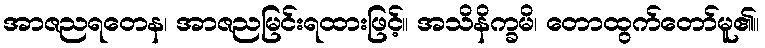
အာဇညရတေန၊ အာဇညမြင်းရထားဖြင့်။ အသိနိက္ခမိ၊ တောထွက်တော်မူ၏။